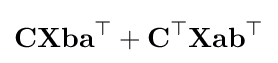
\mathbf {C} \mathbf {X} \mathbf {b} \mathbf {a} ^{\top }+\mathbf {C} ^{\top }\mathbf {X} \mathbf {a} \mathbf {b} ^{\top }